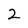
Character: 2